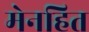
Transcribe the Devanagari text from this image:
मेनहित